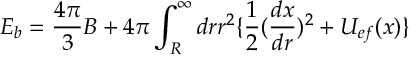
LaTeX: { \cal E } _ { b } = \frac { 4 \pi } { 3 } B + 4 \pi \int _ { R } ^ { \infty } d r r ^ { 2 } \{ \frac { 1 } { 2 } ( \frac { d x } { d r } ) ^ { 2 } + U _ { e f } ( x ) \}